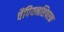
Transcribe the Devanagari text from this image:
चैंपियनशिपएक